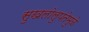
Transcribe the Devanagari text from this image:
सुखलोलुपतेमुळे